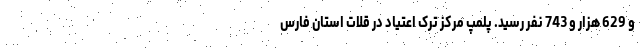
و 629 هزار و 743 نفر رسید. پلمپ مرکز ترک اعتیاد در قلات استان فارس